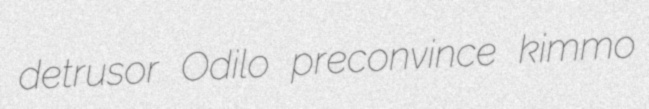
detrusor Odilo preconvince kimmo